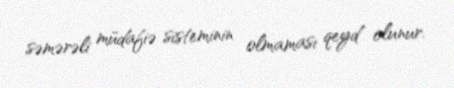
səmərəli müdafiə sisteminin olmaması qeyd olunur.